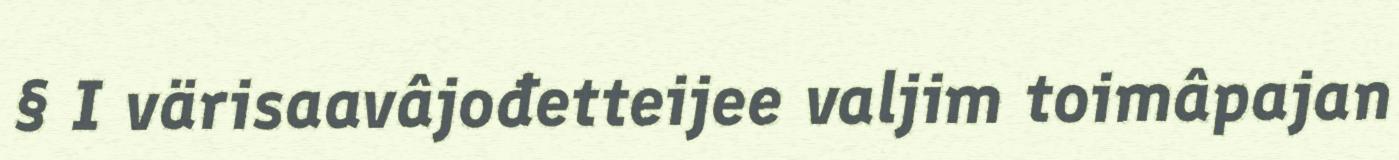
§ I värisaavâjođetteijee valjim toimâpajan